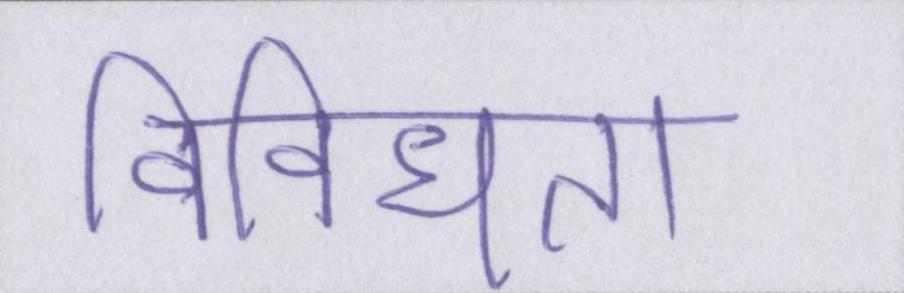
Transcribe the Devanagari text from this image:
विविधता